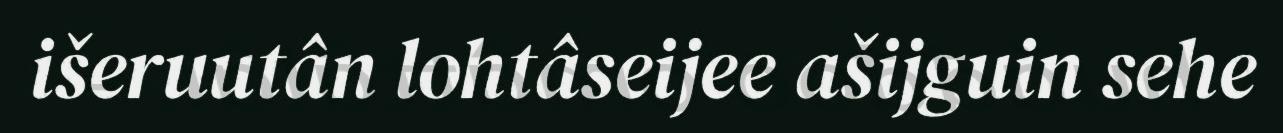
išeruutân lohtâseijee ašijguin sehe